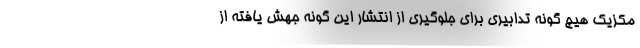
مکزیک هیچ گونه تدابیری برای جلوگیری از انتشار این گونه جهش یافته از